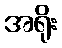
အရိုး